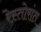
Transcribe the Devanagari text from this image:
रेस्तोरांत